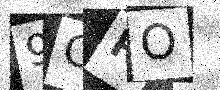
Text: 9ORO